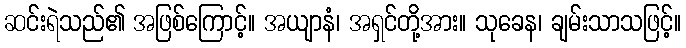
ဆင်းရဲသည်၏ အဖြစ်ကြောင့်။ အယျာနံ၊ အရှင်တို့အား။ သုခေန၊ ချမ်းသာသဖြင့်။